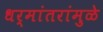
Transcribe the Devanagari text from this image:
धर्मांतरांमुळे